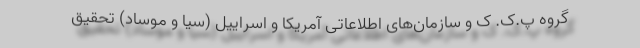
گروه پ.ک. ک و سازمان‌های اطلاعاتی آمریکا و اسراییل (سیا و موساد) تحقیق